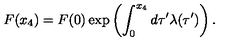
F ( x _ { 4 } ) = F ( 0 ) \exp \left( \int _ { 0 } ^ { x _ { 4 } } d \tau ^ { \prime } \lambda ( \tau ^ { \prime } ) \right) .